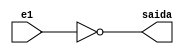
// ---------------------
//	Programao em Verilog
//
// PUC - MG
// Nome: Tiago Menegaz de Melo Garcia
//
//	Guia07	Programa 2
//	Fazer a saida para a funo (abd) + (acd) + (abc) + acd + abc
//
// ---------------------

module nornot (saida,e1);
	input e1;
	output saida;
	
	nor NOR1 (saida,e1);
endmodule

module guia08;
	reg a,b,c,d;
	wire w1,w2,w3,w4,w5,w6,w7,w8,w9,w10,w11;
	
	nornot NN1 (w1,a);
	nornot NN2 (w2,b);
	nornot NN3 (w3,c);
	nornot NN4 (w4,d);
	
	nor NOR1 (w5,w1,w2,w4);
	nor NOR2 (w6,w1,w3,w4);
	nor NOR3 (w7,a,w2,w3);
	nor NOR4 (w8,a,w3,d);
	nor NOR5 (w9,a,w2,d);
	nor NOR6 (w10,w5,w6,w7,w8,w9);
	
initial begin:start
end

//---------------------
//---PARTE PRINCIPAL---
//---------------------

initial begin:main
	$display ("Guia08 - Exercicio 02");
	$display ("Fazer a saida para a funo\n(abd) + (acd) + (abc) + acd + abc\n");
	$display ("Aluno: Tiago Menegaz de Melo Garcia		Matricula:405844\n");
	$display ("Relatorio de Testes");
	#1	a = 0; b= 0; c = 0; d = 0;
	$monitor ("a = %b b = %b c = %b d = %b Saida [%b]", a,b,c,d,		 w10);
	#1 a = 1;
	#1 a = 0; b = 1;
	#1 b = 0; c = 1;
	#1 c = 0; d = 1;
	#1 d = 0;
	#1 a = 1; b = 1; c = 1; d = 1;
	#1 a = 0; c = 0; 
	#1 a = 1; c = 1;
	
end
endmodule


//---------------------
//-RELATORIO DE TESTES-
//---------------------
/*
 	 a = 0 b = 0 c = 0 d = 0 Saida [1]
    a = 1 b = 0 c = 0 d = 0 Saida [1]
    a = 0 b = 1 c = 0 d = 0 Saida [1]
    a = 0 b = 0 c = 1 d = 0 Saida [1]
    a = 0 b = 0 c = 0 d = 1 Saida [0]
    a = 0 b = 0 c = 0 d = 0 Saida [1]
    a = 1 b = 1 c = 1 d = 1 Saida [0]
    a = 0 b = 1 c = 0 d = 1 Saida [0]
    a = 1 b = 1 c = 1 d = 1 Saida [0]
*/